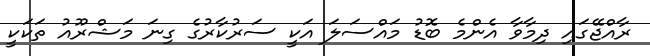
ރާއްޖޭގައި ދިމާވާ އެންމެ ބޮޑު މައްސަލަ އަކީ ސަރުކާރުގެ ގިނަ މަޝްރޫއު ތަކަކީ